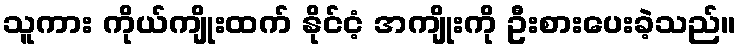
သူကား ကိုယ်ကျိုးထက် နိုင်ငံ့ အကျိုးကို ဦးစားပေးခဲ့သည်။